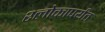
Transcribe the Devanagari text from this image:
श्लोकापर्यंत